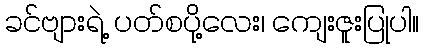
ခင်ဗျားရဲ့ ပတ်စပို့လေး၊ ကျေးဇူးပြုပါ။